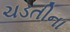
ચડતીના